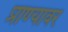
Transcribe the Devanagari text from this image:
प्राण्यावर